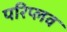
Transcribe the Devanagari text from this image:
परिप्लव